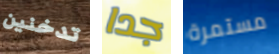
تدخنين جدا مستمرة